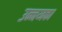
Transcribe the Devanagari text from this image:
उन्नय्क्का